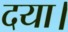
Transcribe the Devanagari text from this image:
दया।